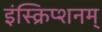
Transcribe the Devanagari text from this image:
इंस्क्रिप्शनम्